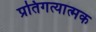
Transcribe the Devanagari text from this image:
प्रतिगत्यात्मक